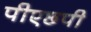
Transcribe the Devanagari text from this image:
पीएछ्पी